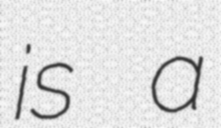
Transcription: is a